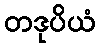
တဒုပိယံ